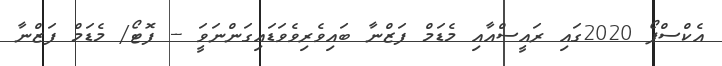
އެކްސްޕޯ 2020ގައި ރައީސްއާއި މެޑަމް ފަޒްނާ ބައިވެރިވެވަޑައިގަންނަވަީ -- ފޮޓޯ/ މެޑަމް ފަޒްނާ